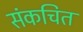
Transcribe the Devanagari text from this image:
संकचित